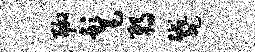
聊髦弱蹙